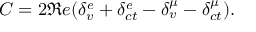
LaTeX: C = 2 \Re e ( \delta _ { v } ^ { e } + \delta _ { c t } ^ { e } - \delta _ { v } ^ { \mu } - \delta _ { c t } ^ { \mu } ) .